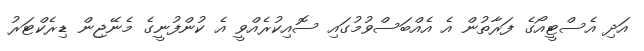
އަދި އެސްޓީއޯގެ ފަރާތުން އެ އެއްބަސްވުމުގައި ސޮއިކުރެއްވީ އެ ކުންފުނީގެ މެނޭޖިން ޑިރެކްޓަރު